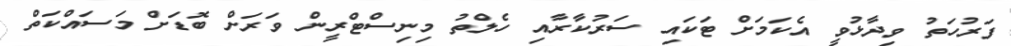
ފަރުހަތު ވިދާޅުވީ އެކަމަށް ޓަކައި ސަރުކާރާއި ހެލްތު މިނިސްޓްރީން ވަރަށް ބޮޑަށް މަސައްކަތް